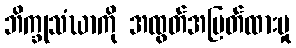
ဘိက္ခုသံဃာကို အထွတ်အမြတ်ထားမှု